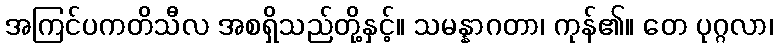
အကြင်ပကတိသီလ အစရှိသည်တို့နှင့်။ သမန္နာဂတာ၊ ကုန်၏။ တေ ပုဂ္ဂလာ၊